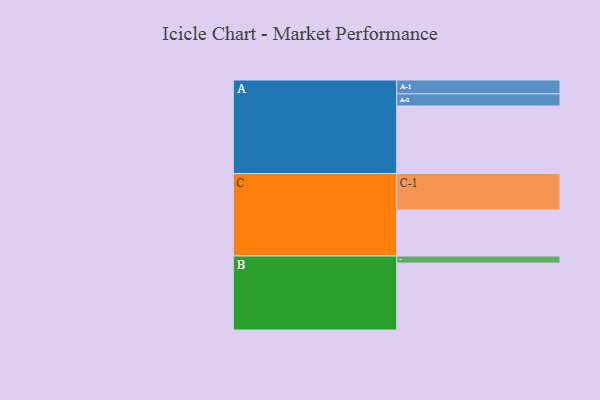
{"axis": {"x": "Segment", "y": "Value"}, "legend": ["", "A", "B", "C"], "data": [{"x": "A", "y": 532, "type": ""}, {"x": "B", "y": 527, "type": ""}, {"x": "C", "y": 363, "type": ""}, {"x": "A-1", "y": 109, "type": "A"}, {"x": "A-2", "y": 96, "type": "A"}, {"x": "B-1", "y": 56, "type": "B"}, {"x": "C-1", "y": 287, "type": "C"}]}